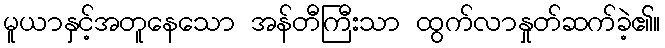
မူယာနှင့်အတူနေသော အန်တီကြီးသာ ထွက်လာနှုတ်ဆက်ခဲ့၏။